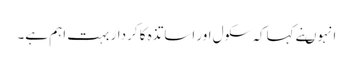
انہوںنے کہاکہ سکول اور اساتذہ کا کردار بہت اہم ہے۔